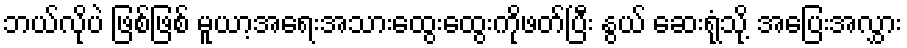
ဘယ်လိုပဲ ဖြစ်ဖြစ် မူယာ့အရေးအသားထွေးထွေးကိုဖတ်ပြီး နွယ် ဆေးရုံသို့ အပြေးအလွှား